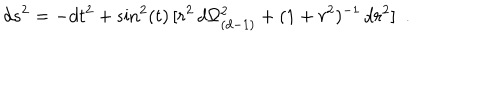
d s ^ { 2 } = - d t ^ { 2 } + \sin ^ { 2 } ( t ) \, [ r ^ { 2 } \, d \Omega _ { ( d - 1 ) } ^ { 2 } + ( 1 + r ^ { 2 } ) ^ { - 1 } \, d r ^ { 2 } ] \, \, \, .